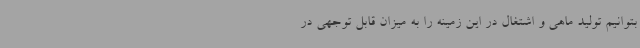
بتوانیم تولید ماهی و اشتغال در این زمینه را به میزان قابل توجهی در